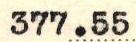
377.55